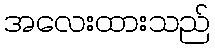
အလေးထားသည်